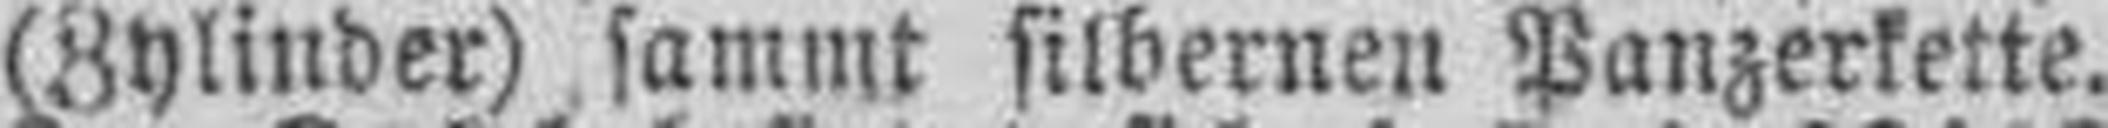
(Zylinder) sammt silbernen Panzerkette.